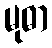
မုဓာ